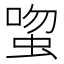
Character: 𬠉